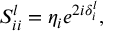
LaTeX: { S } _ { i i } ^ { l } = { \eta } _ { i } e ^ { 2 i { \delta } _ { i } ^ { l } } ,